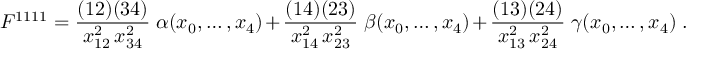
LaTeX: F ^ { 1 1 1 1 } = \frac { ( 1 2 ) ( 3 4 ) } { x _ { 1 2 } ^ { 2 } \, x _ { 3 4 } ^ { 2 } } \; \alpha ( x _ { 0 } , \ldots , x _ { 4 } ) + \frac { ( 1 4 ) ( 2 3 ) } { x _ { 1 4 } ^ { 2 } \, x _ { 2 3 } ^ { 2 } } \; \beta ( x _ { 0 } , \ldots , x _ { 4 } ) + \frac { ( 1 3 ) ( 2 4 ) } { x _ { 1 3 } ^ { 2 } \, x _ { 2 4 } ^ { 2 } } \; \gamma ( x _ { 0 } , \ldots , x _ { 4 } ) \; .